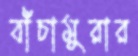
বাঁচামুরার